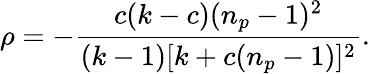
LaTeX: \rho=-\frac{c(k-c)(n_{p}-1)^{2}}{(k-1)[k+c(n_{p}-1)]^{2}}.